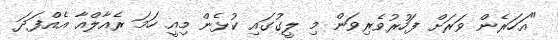
"އަހަރެން ވަރަށް ފަހުރުވެރިވަން މި ލީގުގައި ކުޅެން މިއީ ހަމަ ރެއާލްއާ އެއްފަދަ